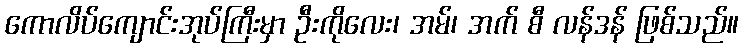
ကောလိပ်ကျောင်းအုပ်ကြီးမှာ ဦးကိုလေး၊ အမ်၊ အက် စီ လန်ဒန် ဖြစ်သည်။